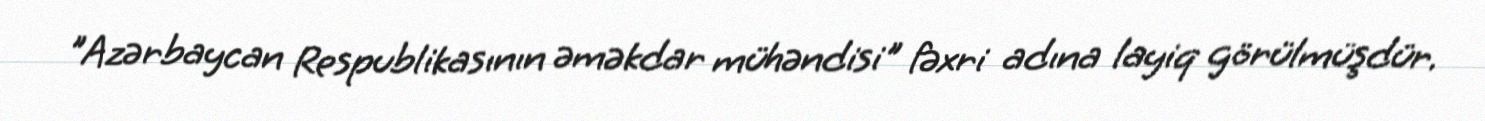
"Azərbaycan Respublikasının əməkdar mühəndisi" fəxri adına layiq görülmüşdür.